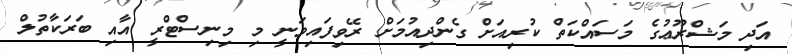
އަދި މަޝްރޫޢުގެ މަސައްކަތް ކުރިއަށް ގެންދިއުމަށް ރޭވިފައިވަނީ މި މިނިސްޓްރީ އާއި ބަރަކާތުލް